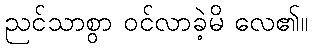
ညင်သာစွာ ဝင်လာခဲ့မိ လေ၏။